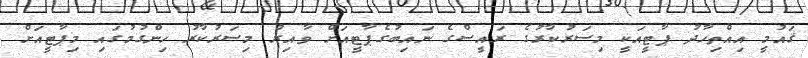
ޤައުމީ އިއްތިހާދު ޕާޓީއަކީ މިސަރުކާރުގެ ރައީސްގެ ނައިބުގެޕާޓީއަށް ވާއިރު މިސަރުކާރު ހިންގުމުގައި މިޕާޓީއަށް